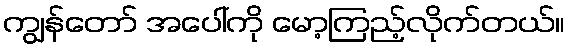
ကျွန်တော် အပေါ်ကို မော့ကြည့်လိုက်တယ်။